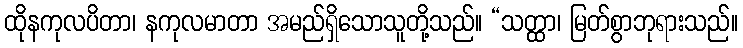
ထိုနကုလပိတာ၊ နကုလမာတာ အမည်ရှိသောသူတို့သည်။ “သတ္ထာ၊ မြတ်စွာဘုရားသည်။